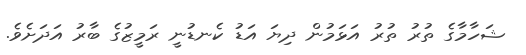
ޝަހާމާގެ ތުރު ތުރު އަޅަމުން ދިޔަ އަޑު ކެނޑުނީ ރަމީޒުގެ ބާރު އަދަށެވެ.